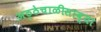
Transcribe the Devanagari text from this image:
अठ्ठेचाळीसाव्या